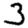
Digit: 3